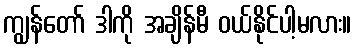
ကျွန်တော် ဒါကို အချိန်မီ ဝယ်နိုင်ပါ့မလား။